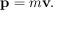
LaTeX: \mathbf { p } = m \mathbf { v } .